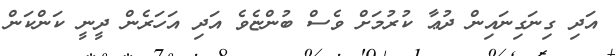
އަދި ގިނަގިނައިން ދުޢާ ކުރުމަށް ވެސް ބުންޏެވެ އަދި އަހަރެން ދީނީ ކަންކަން